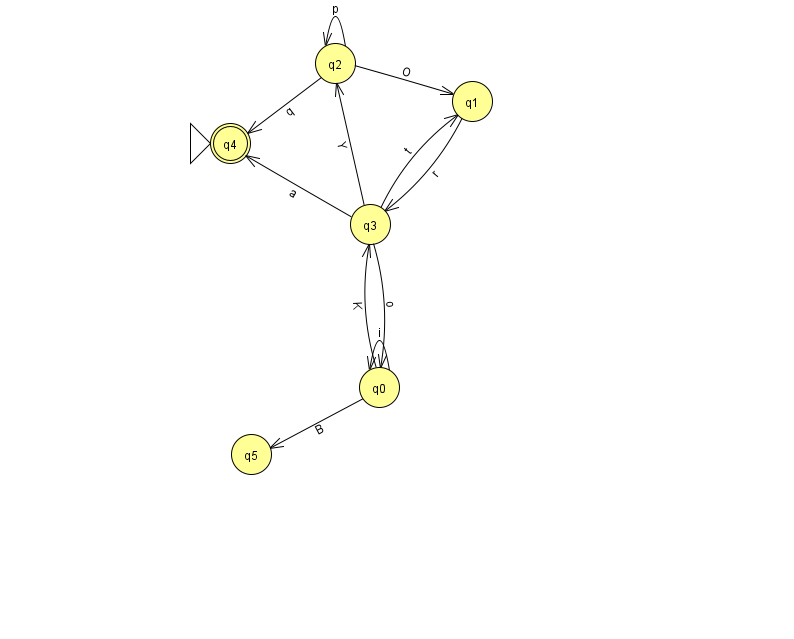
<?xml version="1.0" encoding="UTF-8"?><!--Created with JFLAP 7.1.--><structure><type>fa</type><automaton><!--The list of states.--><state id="0" name="q0"><x>379.0</x><y>374.0</y></state><state id="1" name="q1"><x>472.0</x><y>88.0</y></state><state id="2" name="q2"><x>335.0</x><y>50.0</y></state><state id="3" name="q3"><x>370.0</x><y>211.0</y></state><state id="4" name="q4"><x>230.0</x><y>130.0</y><initial/><final/></state><state id="5" name="q5"><x>251.0</x><y>441.0</y></state><!--The list of transitions.--><transition><from>2</from><to>2</to><read>p</read></transition><transition><from>3</from><to>0</to><read>o</read></transition><transition><from>3</from><to>1</to><read>t</read></transition><transition><from>2</from><to>4</to><read>q</read></transition><transition><from>3</from><to>4</to><read>a</read></transition><transition><from>0</from><to>3</to><read>K</read></transition><transition><from>1</from><to>3</to><read>r</read></transition><transition><from>0</from><to>0</to><read>i</read></transition><transition><from>2</from><to>1</to><read>O</read></transition><transition><from>0</from><to>5</to><read>B</read></transition><transition><from>3</from><to>2</to><read>Y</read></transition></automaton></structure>